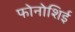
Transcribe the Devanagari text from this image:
फोनोशिई